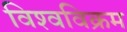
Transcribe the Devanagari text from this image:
विश्‍वविक्रम